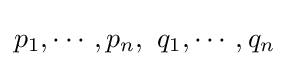
p_{1},\cdots ,p_{n},\ q_{1},\cdots ,q_{n}